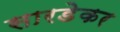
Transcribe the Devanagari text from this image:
सारडेकर